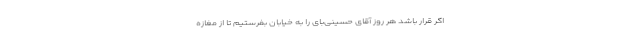
اگر قرار باشد هر روز آقای حسینی‌بای را به خیابان بفرستیم تا از مغازه